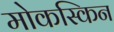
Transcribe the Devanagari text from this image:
मोकस्किन